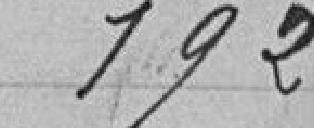
192